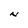
Character: N